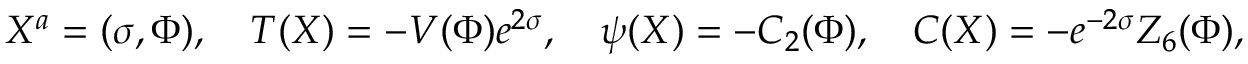
X ^ { a } = ( \sigma , \Phi ) , \ \ \ T ( X ) = - V ( \Phi ) e ^ { 2 \sigma } , \ \ \ \psi ( X ) = - C _ { 2 } ( \Phi ) , \ \ \ C ( X ) = - e ^ { - 2 \sigma } Z _ { 6 } ( \Phi ) ,